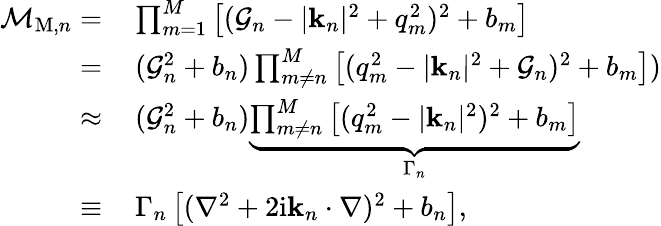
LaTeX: \begin{array}{rl}{\mathcal{M}_{\mathrm{M},n}=}&{{}\prod_{m=1}^{M}\left[(\mathcal{G}_{n}-|\mathbf{k}_{n}|^{2}+q_{m}^{2})^{2}+b_{m}\right]}\\ {=}&{{}\, (\mathcal{G}_{n}^{2}+b_{n})\prod_{m\neq n}^{M}\left[(q_{m}^{2}-|\mathbf{k}_{n}|^{2}+\mathcal{G}_{n})^{2}+b_{m}\right])}\\ {\approx}&{{}\, (\mathcal{G}_{n}^{2}+b_{n})\underbrace{\prod_{m\neq n}^{M}\left[(q_{m}^{2}-|\mathbf{k}_{n}|^{2})^{2}+b_{m}\right]}_{\Gamma_{n}}}\\ {\equiv}&{{}\, \Gamma_{n}\left[(\nabla^{2}+2\mathrm{i}\mathbf{k}_{n}\cdot\nabla)^{2}+b_{n}\right],}\end{array}